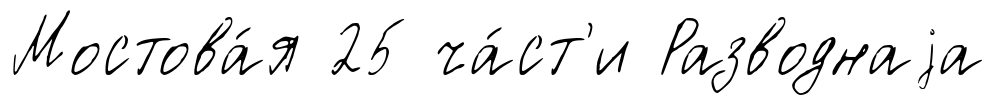
Мостова́я 25 ча́ст'и Разводнаjа